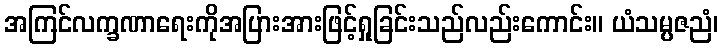
အကြင်လက္ခဏာရေးကိုအပြားအားဖြင့်ရှုခြင်းသည်လည်းကောင်း။ ယံသမ္ပဇညံ၊